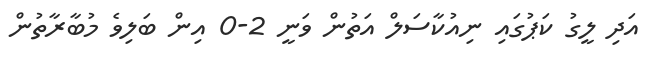
އަދި ލީގު ކަޕުގައި ނިއުކާސަލް އަތުން ވަނީ 2-0 އިން ބަލިވެ މުބާރާތުން